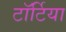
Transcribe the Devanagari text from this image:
टॉर्टिया